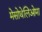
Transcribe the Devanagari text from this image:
मेसोथेलिओमा